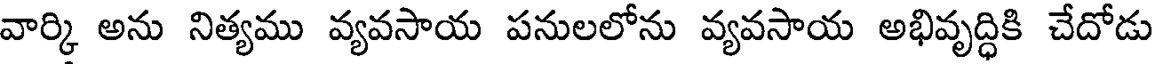
వార్కి అను నిత్యము వ్యవసాయ పనులలోను వ్యవసాయ అభివృద్ధికి చేదోడు